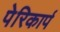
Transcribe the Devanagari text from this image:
पेरिकार्प